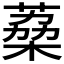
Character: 𮐟